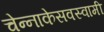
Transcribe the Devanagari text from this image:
चेन्‍नाकेसवस्‍वामी